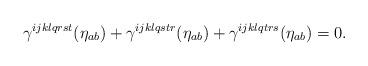
LaTeX: \begin{align*}\gamma^{ijklqrst}(\eta_{ab})+\gamma^{ijklqstr}(\eta_{ab})+\gamma^{ijklqtrs}(\eta_{ab})=0.\end{align*}